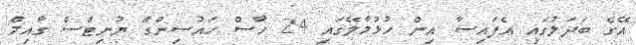
އޭގެ ބަދަލުގައި އެފައިސާ އިން ހުޅުމާލޭގައި 24 ހާސް ހައުސިންގް ޔުނިޓްސް ގާއިމް